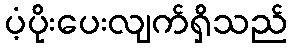
ပံ့ပိုးပေးလျက်ရှိသည်